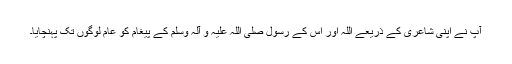
آپ نے اپنی شاعری کے ذریعے اللہ اور اس کے رسول صلی اللہ علیہ و آلہ وسلم کے پیغام کو عام لوگوں تک پہنچایا۔